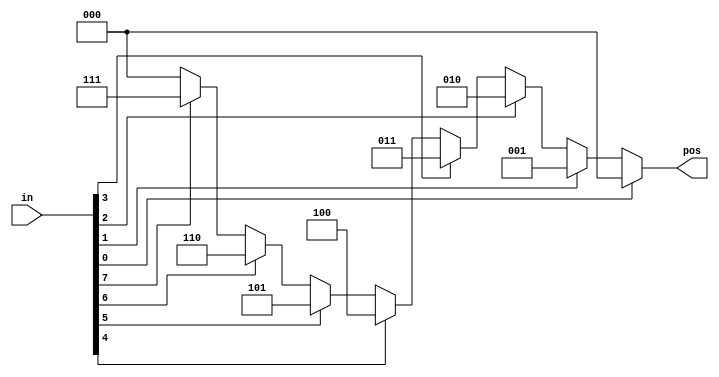
// synthesis verilog_input_version verilog_2001
module top_module (
    input [7:0] in,
    output reg [2:0] pos  );
    
    always @(*) begin
        casez (in)
            8'bzzzz_zzz1: pos = 3'd0;
            8'bzzzz_zz1z: pos = 3'd1;
            8'bzzzz_z1zz: pos = 3'd2;
            8'bzzzz_1zzz: pos = 3'd3;
            8'bzzz1_zzzz: pos = 3'd4;
            8'bzz1z_zzzz: pos = 3'd5;
            8'bz1zz_zzzz: pos = 3'd6;
            8'b1zzz_zzzz: pos = 3'd7;
            default: pos = 3'd0;
        endcase
    end      

endmodule